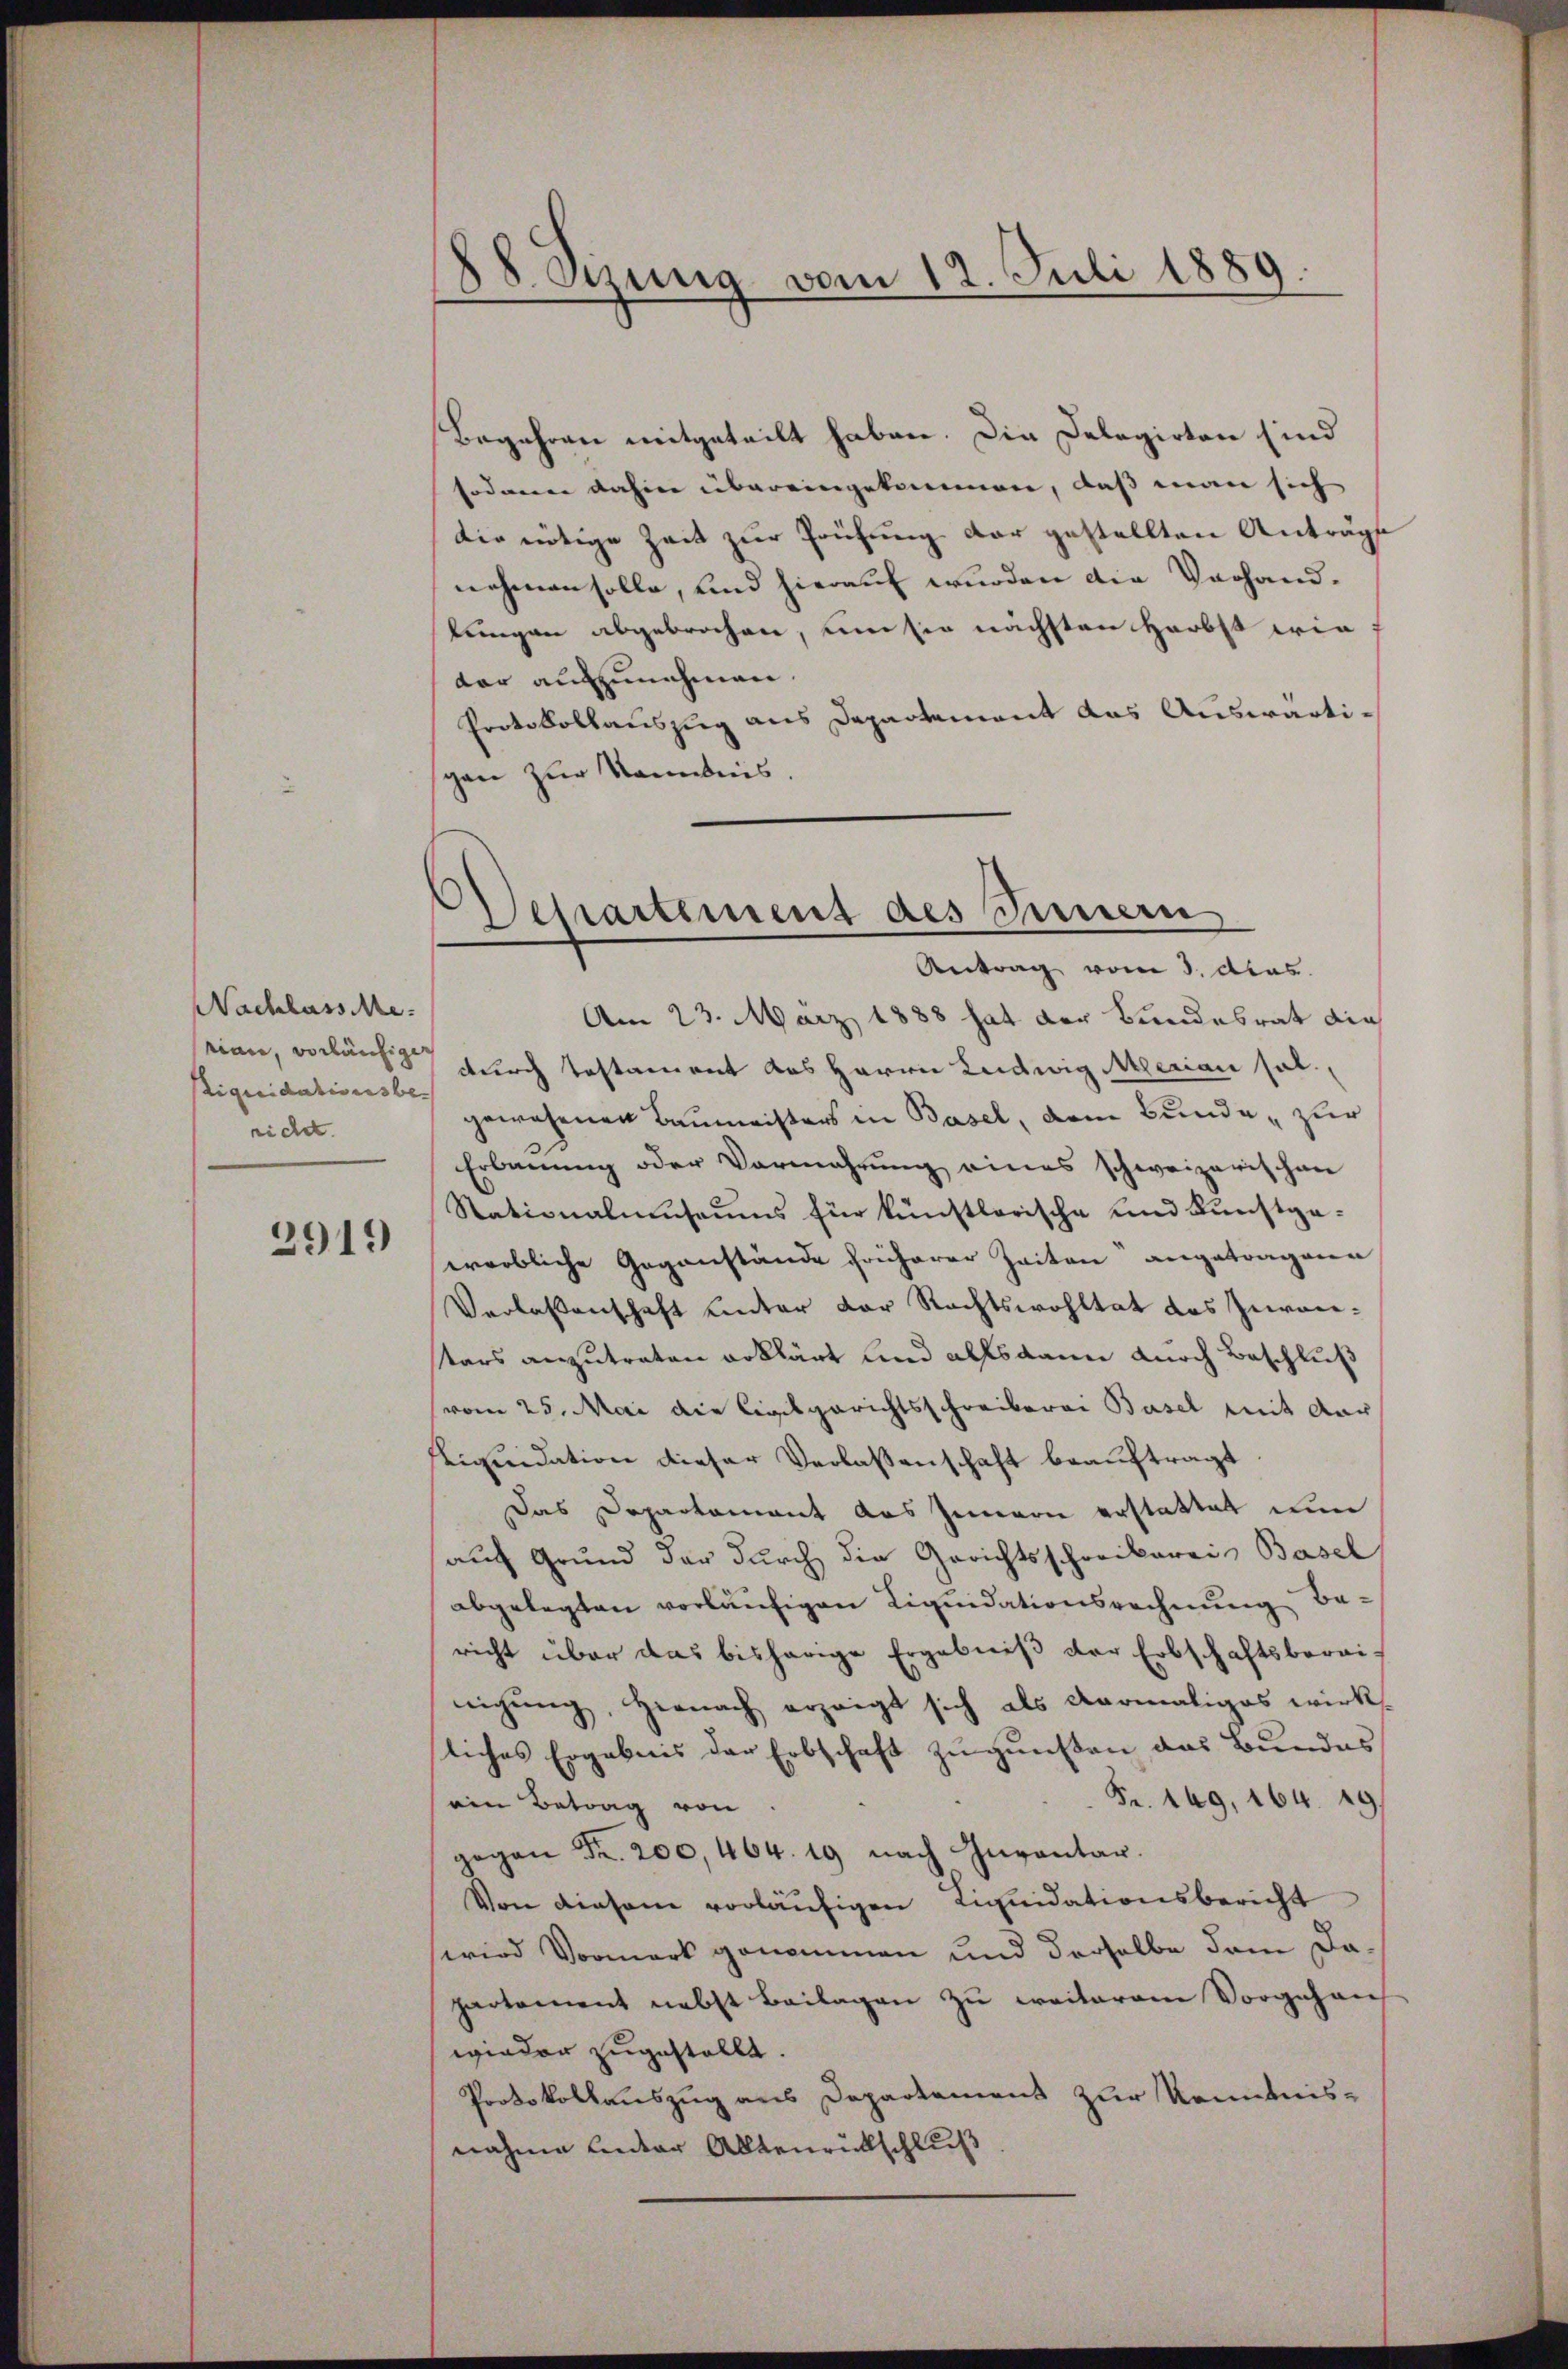
Nachlasse.
rian, vorläufiger
tiquidationsbe-
richet.

2919

s
80. Szung vom 12. Juli 1889.

Begehren weitgeteilt haben. Die Delegirten sind
odann dahin übereingekommen, daß man sich
die nötige Zeit zur Prüfung der gestellten Anträge
nehmen solle, und hierauf wurden die Vorhandlungen abgebrochen, um sie nächsten Herbst wie
dar aufzunehmen.
Protokollauszug aus Departement das Auswärtigen zur Kenntnis.

Departement des Innern
Antrag vom 3. das

Am 23. März 1888 hat der Bundesrat die
durch Testament des Herrn Ludwig Marian hal
gewesenen Baumeisters in Basel, dem Bunde, zur
Erbauung oder Vermehrung eines schweizerischen
Stationalmuseums für künstlerische und Kunstgawerbliche Gegenstände früherer Zeiten angetragene
Verlassenschaft unter der Rechtswohltat des Zuroietars anzutreten erklärt und alls dann durch Beschluß
vom 25. Mai die Civilgerichtsschreiberei Basel mit dar
Liquidation dieser Verlassenschaft beauftragt
Das Departement das Innern erstattet ein
auf Grund der durch die Gerichtsschreibereis Basel
abgelegten vorläufigen Liquidationsrechnung Baricht über das bisherige Ergebniß der Erbschaftsberainigung, Hernach erzeigt sich als dermaliges wirk
liches Ergebnis der Erbschaft zu gunsten das Bundes
Fr. 169, 164. 29
ein Betrag von
gegen Fr. 200, 464. 19 nach Inventar.
Von diesem vorläufigen Liquidationsbericht
wird Vormerk genommen und derselbe dem Dapartement nebst Beilagen zu weiterem Vorgehens
wieder zugestellt.
Protokollauszug aus Departemens zur Kenntnis-
nahme unter Altenrückschluß